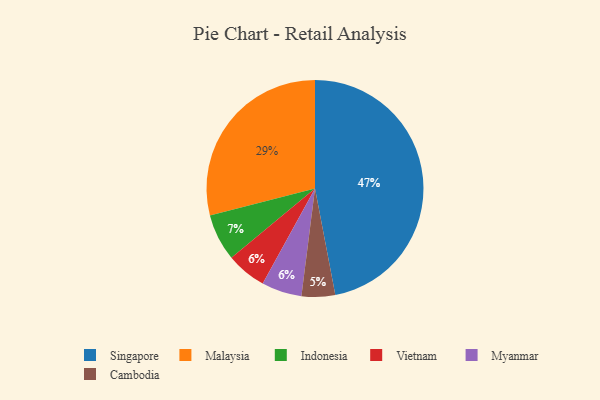
{"axis": {"x": "Category", "y": "Percentage"}, "legend": ["Cambodia", "Indonesia", "Malaysia", "Myanmar", "Singapore", "Vietnam"], "data": [{"x": "Vietnam", "y": 6, "type": "Vietnam"}, {"x": "Malaysia", "y": 29, "type": "Malaysia"}, {"x": "Singapore", "y": 47, "type": "Singapore"}, {"x": "Cambodia", "y": 5, "type": "Cambodia"}, {"x": "Myanmar", "y": 6, "type": "Myanmar"}, {"x": "Indonesia", "y": 7, "type": "Indonesia"}]}